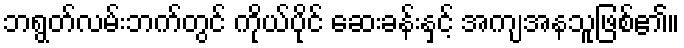
ဘရွတ်လမ်းဘက်တွင် ကိုယ်ပိုင် ဆေးခန်းနှင့် အကျအနသူဖြစ်၏။